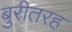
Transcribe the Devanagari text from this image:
बुरीतरह